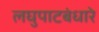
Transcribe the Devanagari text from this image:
लघुपाटबंधारे